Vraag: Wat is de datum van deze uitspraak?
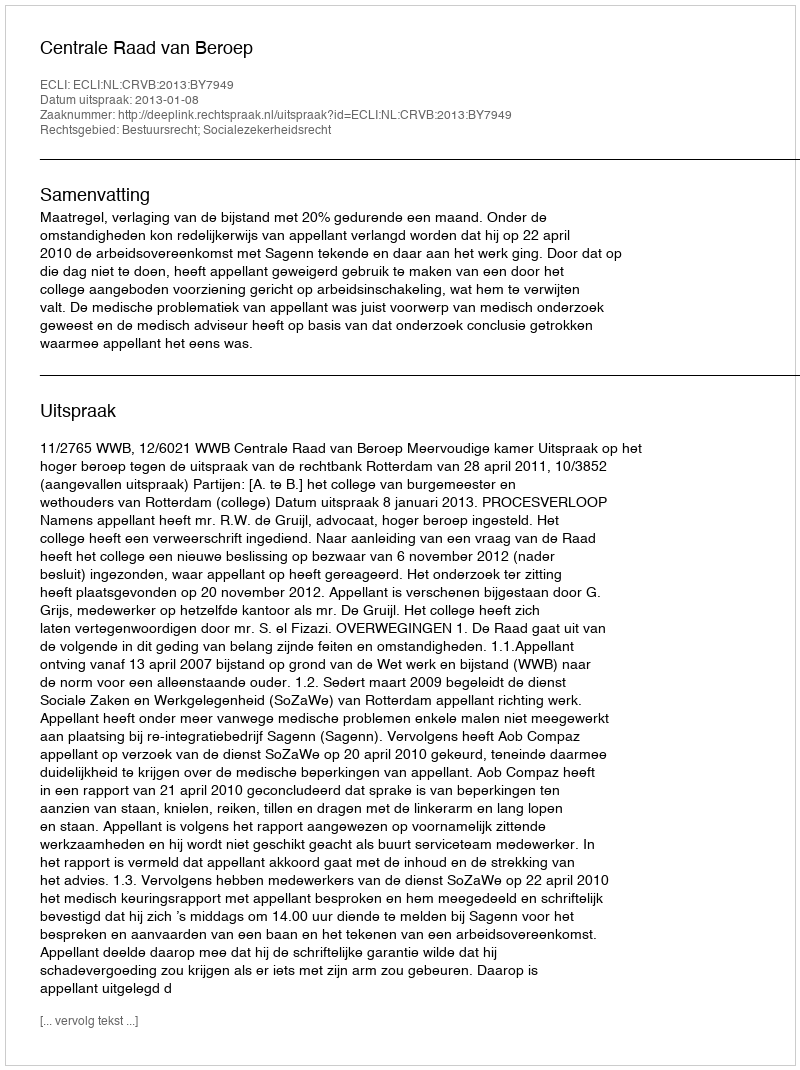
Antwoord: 2013-01-08